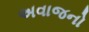
અવાજનો